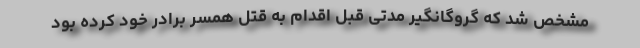
مشخص شد که گروگانگیر مدتی قبل اقدام به قتل همسر برادر خود کرده بود